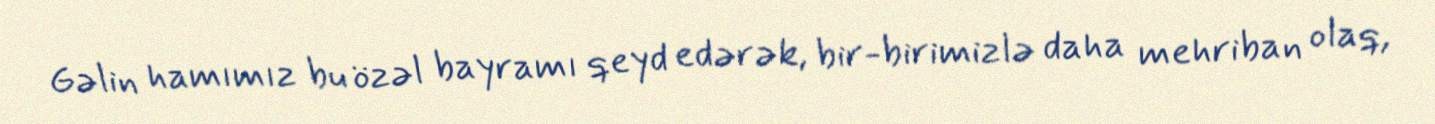
Gəlin hamımız bu özəl bayramı qeyd edərək, bir-birimizlə daha mehriban olaq,